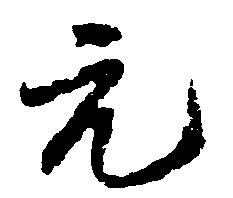
元